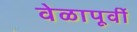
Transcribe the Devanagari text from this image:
वेळापूर्वी